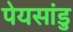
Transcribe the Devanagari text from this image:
पेयसांडु